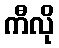
ကီလို